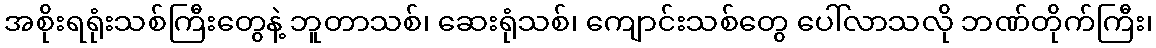
အစိုးရရုံးသစ်ကြီးတွေနဲ့ ဘူတာသစ်၊ ဆေးရုံသစ်၊ ကျောင်းသစ်တွေ ပေါ်လာသလို ဘဏ်တိုက်ကြီး၊